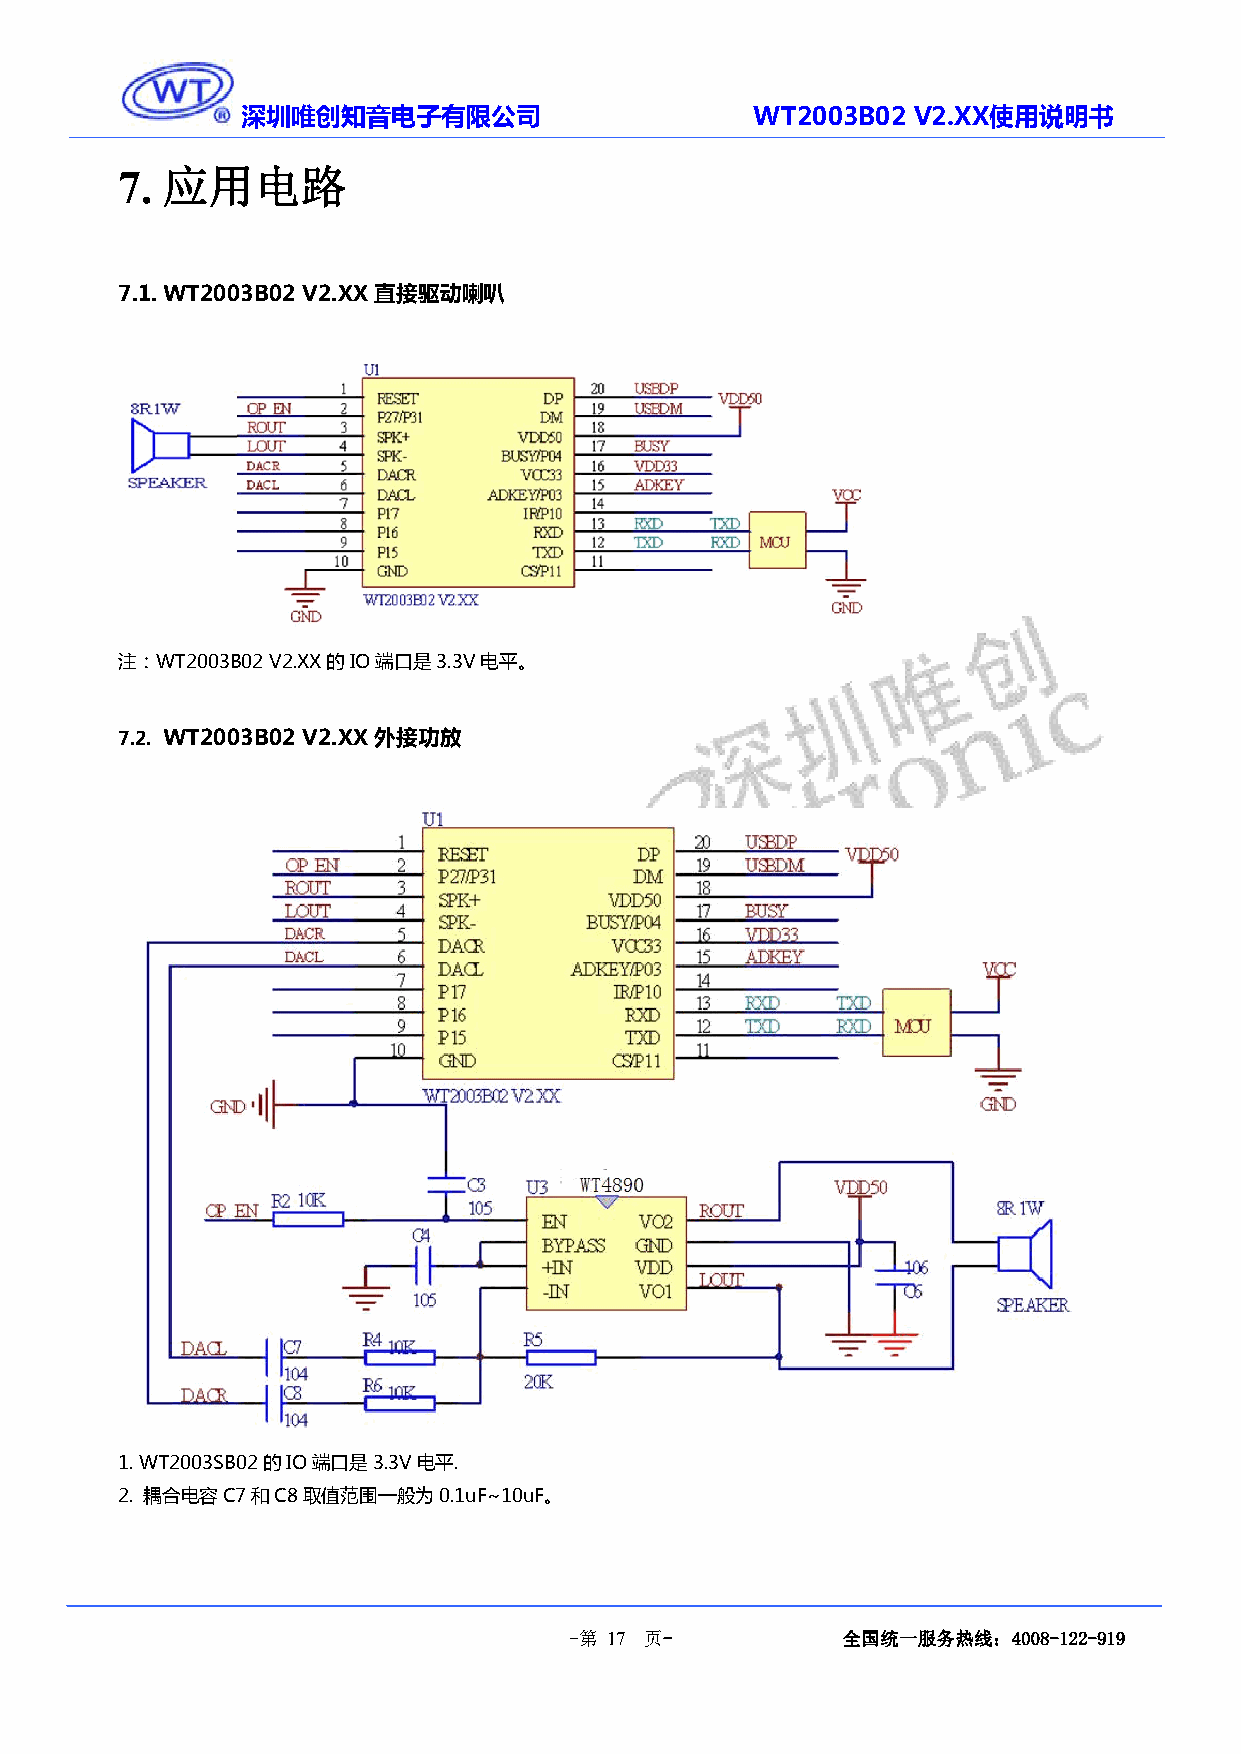
深圳唯创知音电子有限公司                      WT2003B02 V2.XX使用说明书
 应用电路
 7.
 7.1.WT2003B02 V2.XX直接驱动喇叭
 注：WT2003B02V2.XX的IO端口是3.3V电平。
 7.2. WT2003B02 V2.XX外接功放
 1.WT2003SB02的IO端口是3.3V电平.
 2. 耦合电容C7和C8取值范围一般为0.1uF~10uF。
 -第 17 页-          全国统一服务热线：4008-122-919